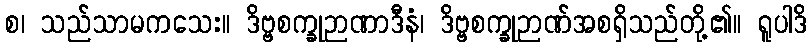
စ၊ သည်သာမကသေး။ ဒိဗ္ဗစက္ခုဉာဏာဒီနံ၊ ဒိဗ္ဗစက္ခုဉာဏ်အစရှိသည်တို့၏။ ရူပါဒိ